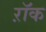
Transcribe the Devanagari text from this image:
ऱॉक